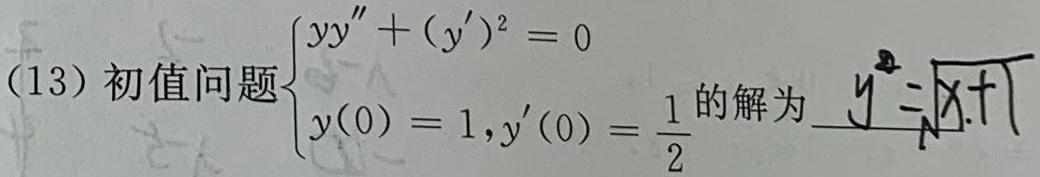
(13) 初值问题$\begin{cases}yy''+(y')^{2}=0\\y(0)=1,y'(0)=\frac{1}{2}\end{cases}$的解为$y = \sqrt{x + 1}$